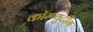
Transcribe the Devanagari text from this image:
कॉम्प्युटींग